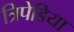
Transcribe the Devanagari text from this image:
त्रिपेडिया